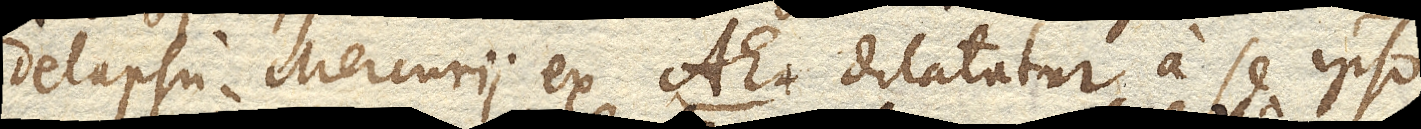
delapsu Mercurii ex AE. dilatatur a se ipso,